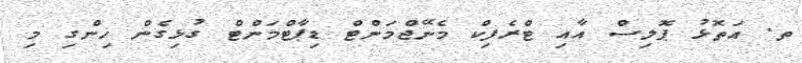
ތ. އަތޮޅު ޕޮލިސް އާއި ޓްރެފިކް މެނޭޖްމަންޓް ޑިޕާޓްމަންޓް ގުޅިގެން ހިންގި މި